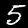
Label: 5